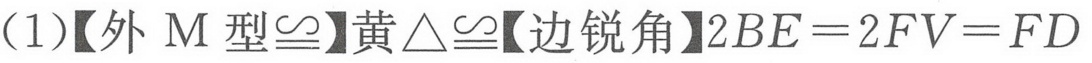
(1)【外M型$\cong$】黄$\triangle\cong$【边锐角】$2BE = 2FV = FD$